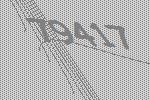
79417